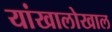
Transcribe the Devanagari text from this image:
यांखालोखाल